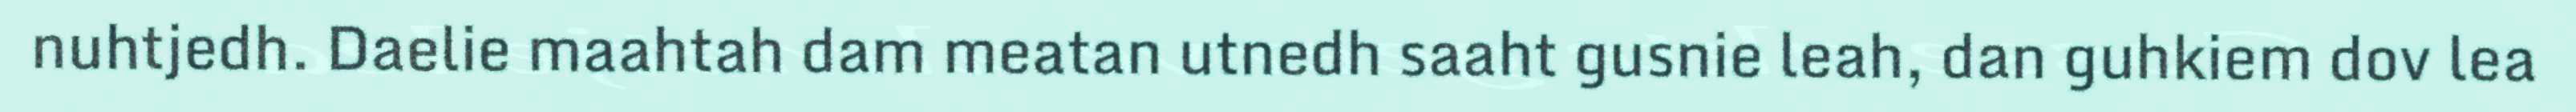
nuhtjedh. Daelie maahtah dam meatan utnedh saaht gusnie leah, dan guhkiem dov lea